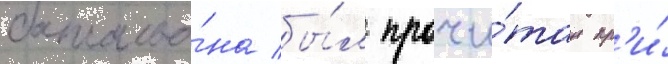
батальо́на бы́л прочи́тан пр'и́